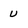
Character: u